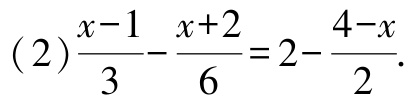
\((2)\frac{x - 1}{3}-\frac{x + 2}{6}=2-\frac{4 - x}{2}\)